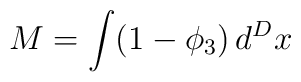
M = \int (1-\phi_3)\, d^Dx